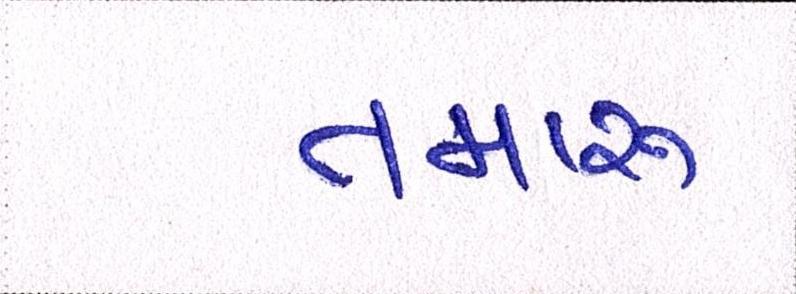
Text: તમારું